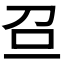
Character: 𠯉